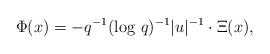
LaTeX: \begin{align*}\Phi(x)=- q^{-1}(\log\,q)^{-1}|u|^{-1} \cdot \Xi(x) , \end{align*}